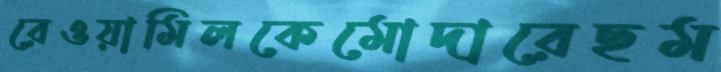
রেওয়ামিলকেমোদারেছম